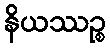
နိယဿဉ္စ